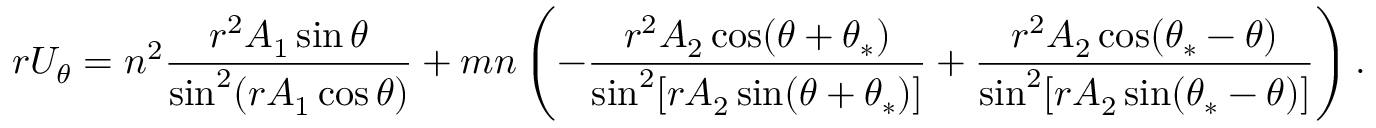
r U _ { \theta } = n ^ { 2 } \frac { r ^ { 2 } A _ { 1 } \sin \theta } { \sin ^ { 2 } ( r A _ { 1 } \cos \theta ) } + m n \left( - \frac { r ^ { 2 } A _ { 2 } \cos ( \theta + \theta _ { * } ) } { \sin ^ { 2 } [ r A _ { 2 } \sin ( \theta + \theta _ { * } ) ] } + \frac { r ^ { 2 } A _ { 2 } \cos ( \theta _ { * } - \theta ) } { \sin ^ { 2 } [ r A _ { 2 } \sin ( \theta _ { * } - \theta ) ] } \right) .